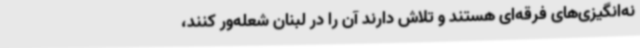
نه‌انگیزی‌های فرقه‌ای هستند و تلاش دارند آن را در لبنان شعله‌ور کنند،